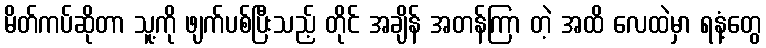
မိတ်ကပ်ဆိုတာ သူ့ကို ဖျက်ပစ်ပြီးသည့် တိုင် အချိန် အတန်ကြာ တဲ့ အထိ လေထဲမှာ ရနံ့တွေ